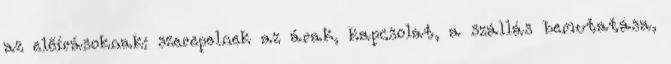
az előírásoknak: szerepelnek az árak, kapcsolat, a szállás bemutatása,